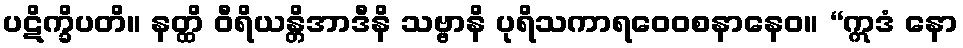
ပဋိက္ခိပတိ။ နတ္ထိ ဝီရိယန္တိအာဒီနိ သဗ္ဗာနိ ပုရိသကာရဝေဝစနာနေဝ။ “ဣဒံ နော